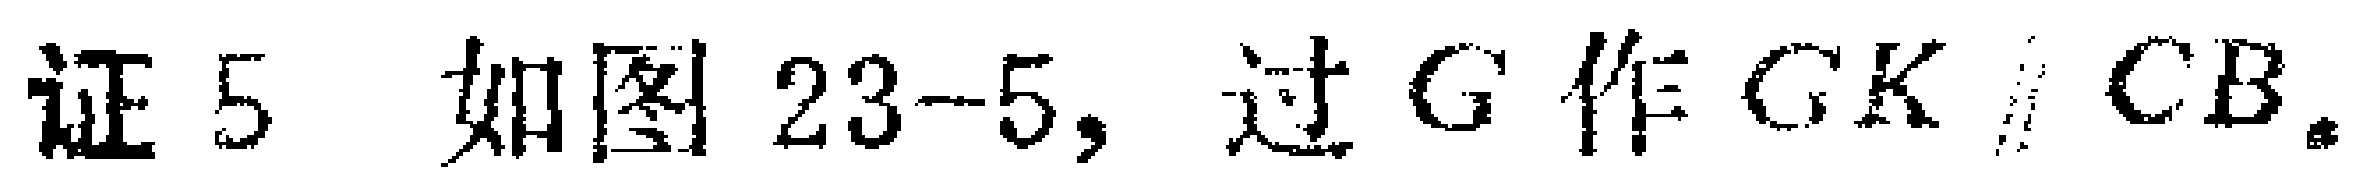
证 5 如图 23-5, 过 \(G\) 作 \(GK \parallel CB\).